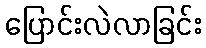
ပြောင်းလဲလာခြင်း